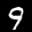
Label: 9